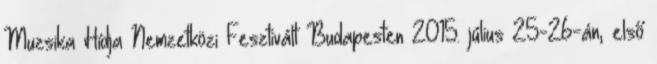
Muzsika Hídja Nemzetközi Fesztivált Budapesten 2015. július 25-26-án, első